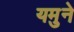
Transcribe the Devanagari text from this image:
यमुने